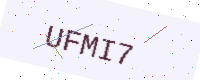
Text: UFMI7